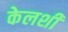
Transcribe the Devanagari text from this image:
केलशी